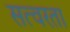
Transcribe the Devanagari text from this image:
सत्वरता